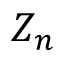
Z _ { n }